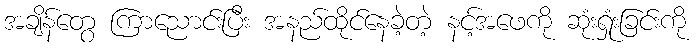
အချိန်တွေ ကြာညောင်းပြီး အနည်ထိုင်နေခဲ့တဲ့ နင့်အဖေကို ဆုံးရှုံးခြင်းကို